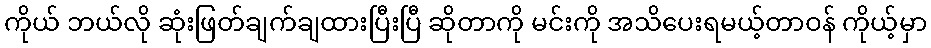
ကိုယ် ဘယ်လို ဆုံးဖြတ်ချက်ချထားပြီးပြီ ဆိုတာကို မင်းကို အသိပေးရမယ့်တာဝန် ကိုယ့်မှာ